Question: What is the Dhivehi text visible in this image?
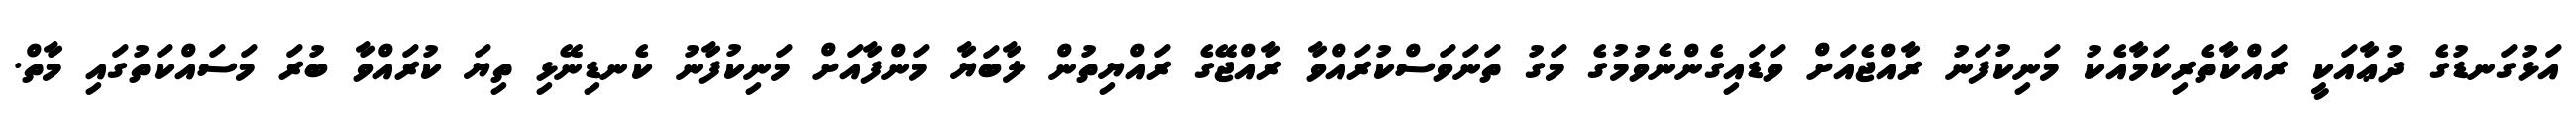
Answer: އަޅުގަނޑުގެ ދުޢާއަކީ ރައްކާތެރިކަމާއެކު މަނިކުފަނު ރާއްޖެއަށް ވަޑައިގެންނެވުމުގެ މަގު ތަނަވަސްކުރައްވާ ރާއްޖޭގެ ރައްޔިތުން ލާބަޔާ މަންފާއަށް މަނިކުފާނު ކެނޑިނޭޅި ތިޔަ ކުރައްވާ ބުރަ މަސައްކަތުގައި މާތް.